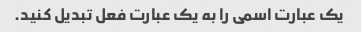
یک عبارت اسمی را به یک عبارت فعل تبدیل کنید.